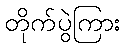
တိုက်ပွဲကြား